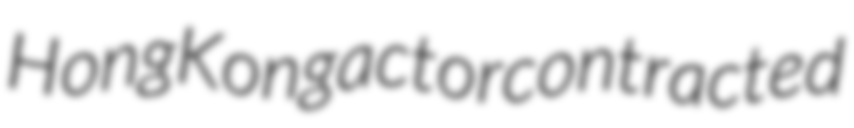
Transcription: Hong Kong actor contracted